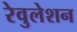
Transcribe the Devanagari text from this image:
रेवुलेशन